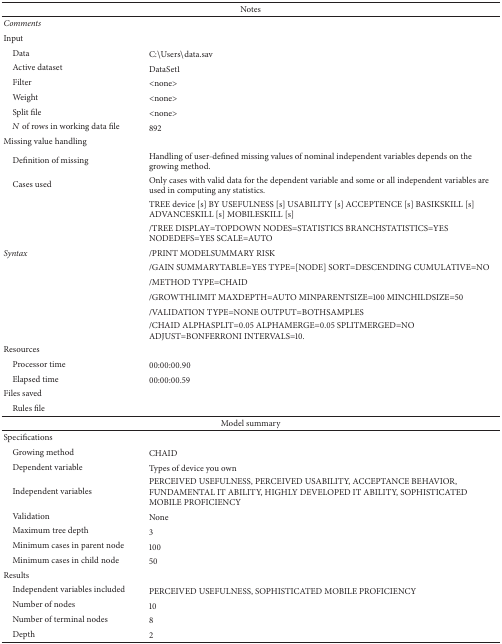
<table><thead><tr><td colspan="2"><b>Notes</b></td></tr></thead><tbody><tr><td><i>Comments</i></td><td> </td></tr><tr><td>Input</td><td> </td></tr><tr><td> Data</td><td>C:∖Users∖data.sav</td></tr><tr><td> Active dataset</td><td>DataSet1</td></tr><tr><td> Filter</td><td>&lt;none&gt;</td></tr><tr><td> Weight</td><td>&lt;none&gt;</td></tr><tr><td> Split file</td><td>&lt;none&gt;</td></tr><tr><td> <i>N</i> of rows in working data file</td><td>892</td></tr><tr><td>Missing value handling</td><td> </td></tr><tr><td> Definition of missing</td><td>Handling of user-defined missing values of nominal independent variables depends on the growing method.</td></tr><tr><td> Cases used</td><td>Only cases with valid data for the dependent variable and some or all independent variables are used in computing any statistics.</td></tr><tr><td rowspan="8"><i>Syntax</i></td><td>TREE device [s] BY USEFULNESS [s] USABILITY [s] ACCEPTENCE [s] BASIKSKILL [s] ADVANCESKILL [s] MOBILESKILL [s]</td></tr><tr><td> /TREE DISPLAY=TOPDOWN NODES=STATISTICS BRANCHSTATISTICS=YES NODEDEFS=YES SCALE=AUTO</td></tr><tr><td> /PRINT MODELSUMMARY RISK</td></tr><tr><td> /GAIN SUMMARYTABLE=YES TYPE=[NODE] SORT=DESCENDING CUMULATIVE=NO</td></tr><tr><td> /METHOD TYPE=CHAID</td></tr><tr><td> /GROWTHLIMIT MAXDEPTH=AUTO MINPARENTSIZE=100 MINCHILDSIZE=50</td></tr><tr><td> /VALIDATION TYPE=NONE OUTPUT=BOTHSAMPLES</td></tr><tr><td> /CHAID ALPHASPLIT=0.05 ALPHAMERGE=0.05 SPLITMERGED=NO ADJUST=BONFERRONI INTERVALS=10.</td></tr><tr><td>Resources</td><td> </td></tr><tr><td> Processor time</td><td>00:00:00.90</td></tr><tr><td> Elapsed time</td><td>00:00:00.59</td></tr><tr><td>Files saved</td><td> </td></tr><tr><td> Rules file</td><td> </td></tr><tr><td colspan="2">Model summary</td></tr><tr><td>Specifications</td><td> </td></tr><tr><td> Growing method</td><td>CHAID</td></tr><tr><td> Dependent variable</td><td>Types of device you own</td></tr><tr><td> Independent variables</td><td>PERCEIVED USEFULNESS, PERCEIVED USABILITY, ACCEPTANCE BEHAVIOR, FUNDAMENTAL IT ABILITY, HIGHLY DEVELOPED IT ABILITY, SOPHISTICATED MOBILE PROFICIENCY</td></tr><tr><td> Validation</td><td>None</td></tr><tr><td> Maximum tree depth</td><td>3</td></tr><tr><td> Minimum cases in parent node</td><td>100</td></tr><tr><td> Minimum cases in child node</td><td>50</td></tr><tr><td>Results</td><td> </td></tr><tr><td> Independent variables included</td><td>PERCEIVED USEFULNESS, SOPHISTICATED MOBILE PROFICIENCY</td></tr><tr><td> Number of nodes</td><td>10</td></tr><tr><td> Number of terminal nodes</td><td>8</td></tr><tr><td> Depth</td><td>2</td></tr></tbody></table>